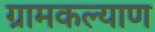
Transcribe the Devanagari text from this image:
ग्रामकल्याण